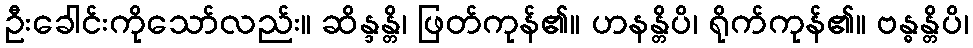
ဦးခေါင်းကိုသော်လည်း။ ဆိန္ဒန္တိ၊ ဖြတ်ကုန်၏။ ဟနန္တိပိ၊ ရိုက်ကုန်၏။ ဗန္ဓန္တိပိ၊